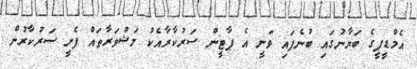
އެމްޑީޕީގެ ބަޔާނުގަައި ބުނެފައި ވަނީ އެ ޕާޓީން ސަރުކާރާއެކު މަޝްވަރާތައް ފެށީ ސަރުކާރުން